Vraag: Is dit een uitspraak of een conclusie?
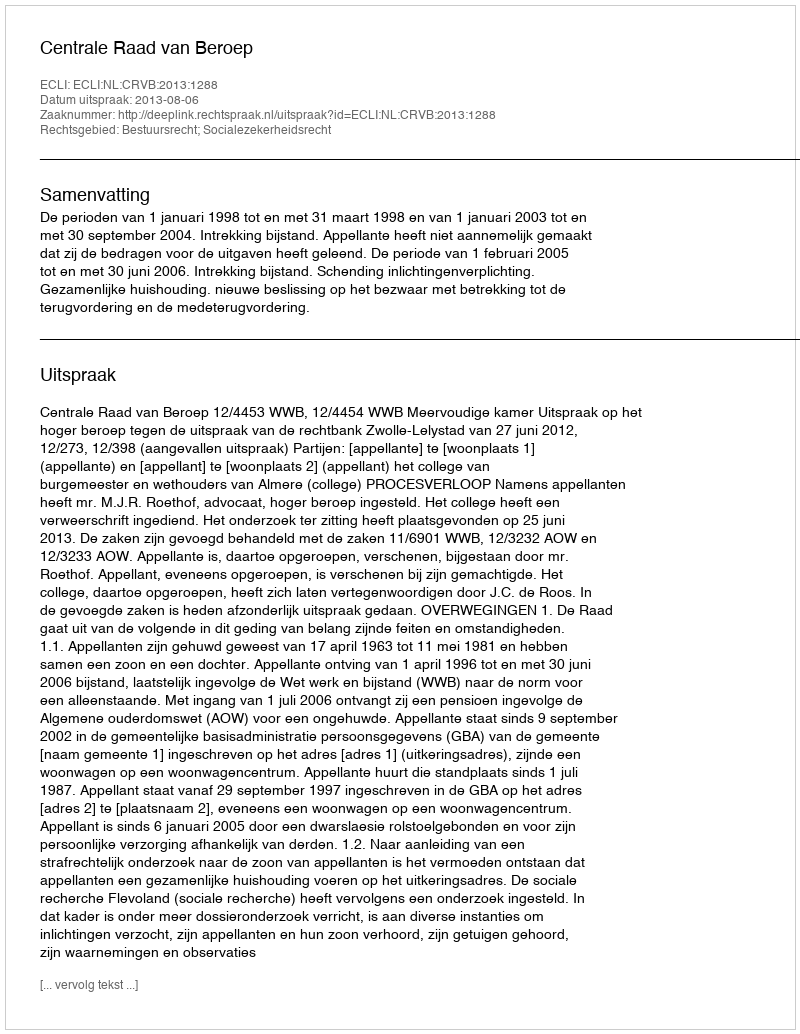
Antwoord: Uitspraak